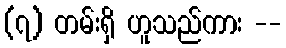
(၇) တမ်းရှိ ဟူသည်ကား --